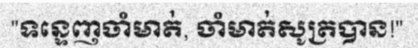
"ទន្ទេញចាំមាត់, ចាំមាត់សូត្របាន!"